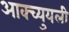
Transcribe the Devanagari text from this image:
आक्च्युयली